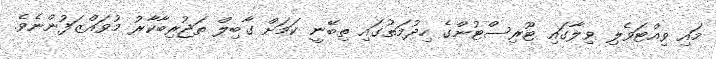
މައި ވިއްޓަވެލި ވިލާގައި ޓޫރިސްޓުންގެ ހިދުމަތުގައި ތިބޭނީ ކަމަށް ގާބިލް ތަޖުރިބާކާރު މުވައްޒަފުންނެވެ.